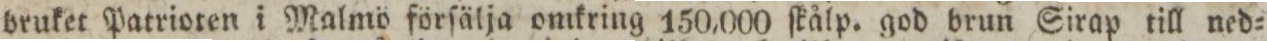
bruket Patrioten i Malmö förſälja omkring 150,000 ſkålp. god brun Sirap till ned=